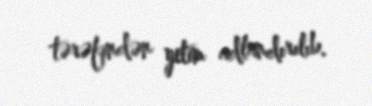
tərəfindən yetim adlandırılıb.